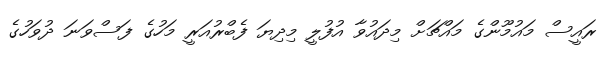
ރައީސް މައުމޫންގެ މައްޗަށް މިދައުވާ އުފުލީ މިދިޔަ ފެބްރުއަރީ މަހުގެ ފަސްވަނަ ދުވަހުގެ